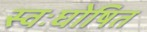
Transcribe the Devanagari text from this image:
स्वःघोषित